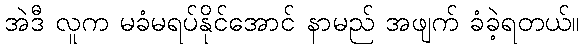
အဲဒီ လူက မခံမရပ်နိုင်အောင် နာမည် အဖျက် ခံခဲ့ရတယ်။